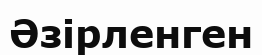
Әзірленген